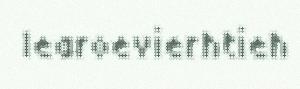
learoevierhtieh